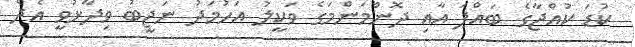
ކުޑަ ކުއްޖާގެ ބައްޕަ އާއި ދޮންމަންމަގެ ވަކީލު އަހުމަދު ނަޖީބު ވިދާޅުވީ އެދެ